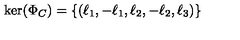
\mathrm { k e r } ( \Phi _ { C } ) = \left\{ \left( \ell _ { 1 } , - \ell _ { 1 } , \ell _ { 2 } , - \ell _ { 2 } , \ell _ { 3 } \right) \right\}